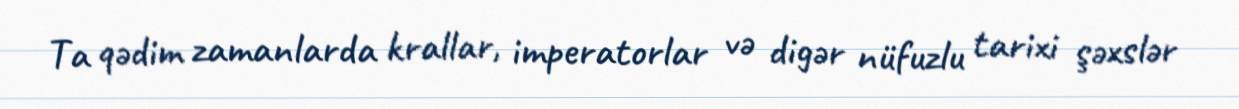
Ta qədim zamanlarda krallar, imperatorlar və digər nüfuzlu tarixi şəxslər